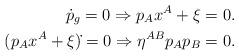
LaTeX: \begin{align*}\dot p_g = 0 \Rightarrow p_Ax^A + \xi = 0. \\ (p_Ax^A + \xi)\dot{}=0 \Rightarrow \eta^{AB}p_Ap_B = 0.\end{align*}